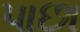
પાછા